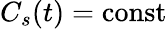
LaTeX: C_{s}(t)=\mathrm{const}